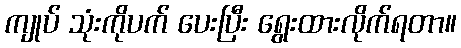
ကျုပ် သုံးကိုပက် ပေးပြီး ရွေးထားလိုက်ရတာ။